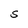
Character: S